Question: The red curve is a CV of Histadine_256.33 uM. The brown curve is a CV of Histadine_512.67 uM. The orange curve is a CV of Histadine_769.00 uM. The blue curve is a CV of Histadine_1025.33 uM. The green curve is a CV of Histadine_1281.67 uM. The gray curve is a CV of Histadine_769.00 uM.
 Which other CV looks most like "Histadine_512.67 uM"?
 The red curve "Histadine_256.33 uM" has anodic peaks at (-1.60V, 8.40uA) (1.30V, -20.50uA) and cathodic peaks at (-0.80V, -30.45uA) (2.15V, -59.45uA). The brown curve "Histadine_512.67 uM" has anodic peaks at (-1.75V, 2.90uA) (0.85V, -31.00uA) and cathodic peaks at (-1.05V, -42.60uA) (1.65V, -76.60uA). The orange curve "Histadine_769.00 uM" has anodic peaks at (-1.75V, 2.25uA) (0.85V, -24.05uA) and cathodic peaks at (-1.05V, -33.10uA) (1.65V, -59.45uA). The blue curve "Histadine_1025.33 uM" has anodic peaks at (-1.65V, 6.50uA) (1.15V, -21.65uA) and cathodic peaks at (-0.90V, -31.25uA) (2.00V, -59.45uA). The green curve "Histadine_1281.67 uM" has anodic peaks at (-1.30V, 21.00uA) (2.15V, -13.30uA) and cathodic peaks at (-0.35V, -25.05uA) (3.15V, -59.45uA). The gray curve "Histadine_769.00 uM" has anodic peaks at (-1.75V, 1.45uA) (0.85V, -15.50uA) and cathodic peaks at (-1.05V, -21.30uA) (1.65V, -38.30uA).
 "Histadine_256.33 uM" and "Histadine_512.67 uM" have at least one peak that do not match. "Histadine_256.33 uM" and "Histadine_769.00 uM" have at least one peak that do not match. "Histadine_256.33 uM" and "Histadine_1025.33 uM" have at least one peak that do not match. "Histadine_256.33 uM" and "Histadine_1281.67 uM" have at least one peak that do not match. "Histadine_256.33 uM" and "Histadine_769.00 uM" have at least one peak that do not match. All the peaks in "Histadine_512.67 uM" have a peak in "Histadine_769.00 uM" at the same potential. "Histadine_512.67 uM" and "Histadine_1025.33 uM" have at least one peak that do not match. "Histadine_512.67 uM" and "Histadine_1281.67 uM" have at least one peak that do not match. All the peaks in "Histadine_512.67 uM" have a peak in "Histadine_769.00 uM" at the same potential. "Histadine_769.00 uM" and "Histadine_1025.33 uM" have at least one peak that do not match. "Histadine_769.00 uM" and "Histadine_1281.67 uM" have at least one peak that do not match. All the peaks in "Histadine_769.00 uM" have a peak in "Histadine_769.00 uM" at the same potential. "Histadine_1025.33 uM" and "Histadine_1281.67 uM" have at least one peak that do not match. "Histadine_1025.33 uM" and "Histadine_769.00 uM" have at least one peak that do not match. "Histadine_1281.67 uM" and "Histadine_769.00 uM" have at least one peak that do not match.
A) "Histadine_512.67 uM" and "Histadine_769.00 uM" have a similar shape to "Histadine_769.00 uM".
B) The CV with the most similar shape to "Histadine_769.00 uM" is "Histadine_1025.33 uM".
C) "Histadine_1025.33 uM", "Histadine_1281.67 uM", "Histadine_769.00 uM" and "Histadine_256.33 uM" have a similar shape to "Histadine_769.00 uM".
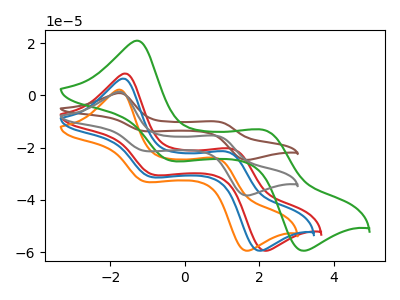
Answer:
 <answer>A) "Histadine_512.67 uM" and "Histadine_769.00 uM" have a similar shape to "Histadine_769.00 uM".</answer>
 <eval>A</eval>